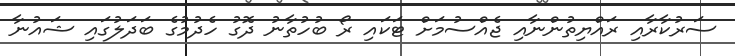
ސަރުކާރާއި ރައްޔިތުންނާއި ޖެއްސުމަށް ޓަކައި ރޯ ބުހުތާނު ދޮގު ހެދުމުގެ ބަދަލުގައި ޝައުނާ